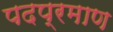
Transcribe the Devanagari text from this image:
पदप्रमाण